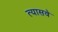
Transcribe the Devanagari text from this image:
त्यासवे